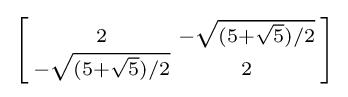
\left[{\begin{smallmatrix}2&-{\sqrt {(5+{\sqrt {5}})/2}}\\-{\sqrt {(5+{\sqrt {5}})/2}}&2\end{smallmatrix}}\right]